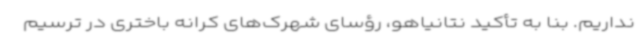
نداریم. بنا به تأکید نتانیاهو، رؤسای شهرک‌های کرانه باختری در ترسیم